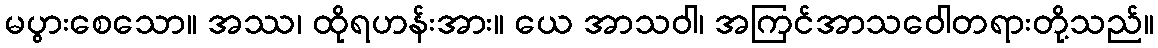
မပွားစေသော။ အဿ၊ ထိုရဟန်းအား။ ယေ အာသဝါ၊ အကြင်အာသဝေါတရားတို့သည်။